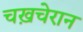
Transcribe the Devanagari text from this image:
चख़चेरान